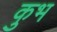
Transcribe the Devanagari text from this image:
कुभ